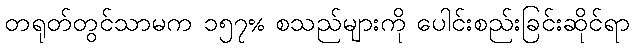
တရုတ်တွင်သာမက ၁၅၇% စသည်များကို ပေါင်းစည်းခြင်းဆိုင်ရာ